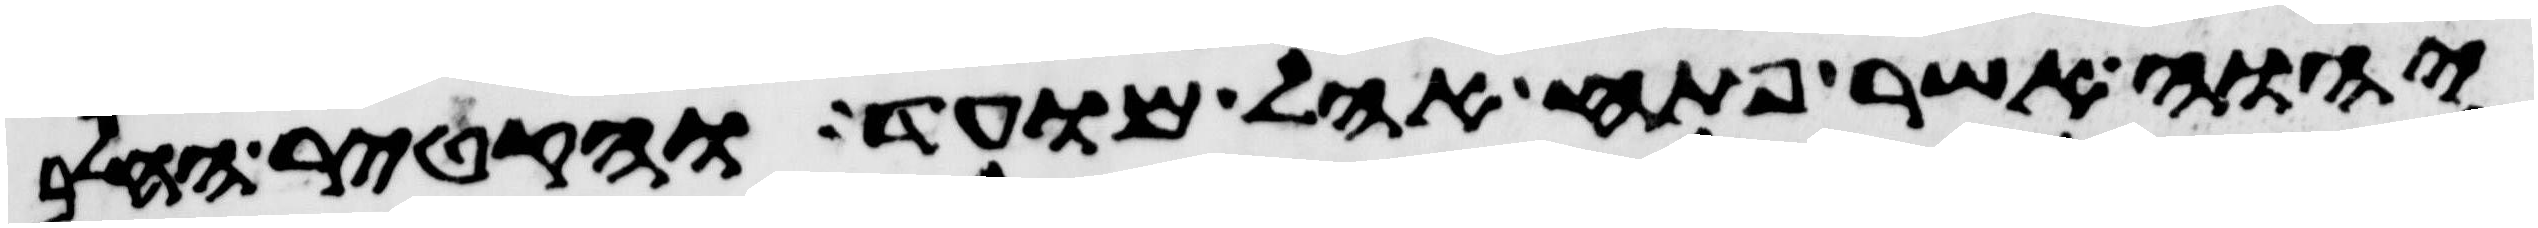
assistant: יהוה אשר פתח אהל מועד והקטיר החלב